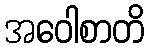
အဝေါစာတိ